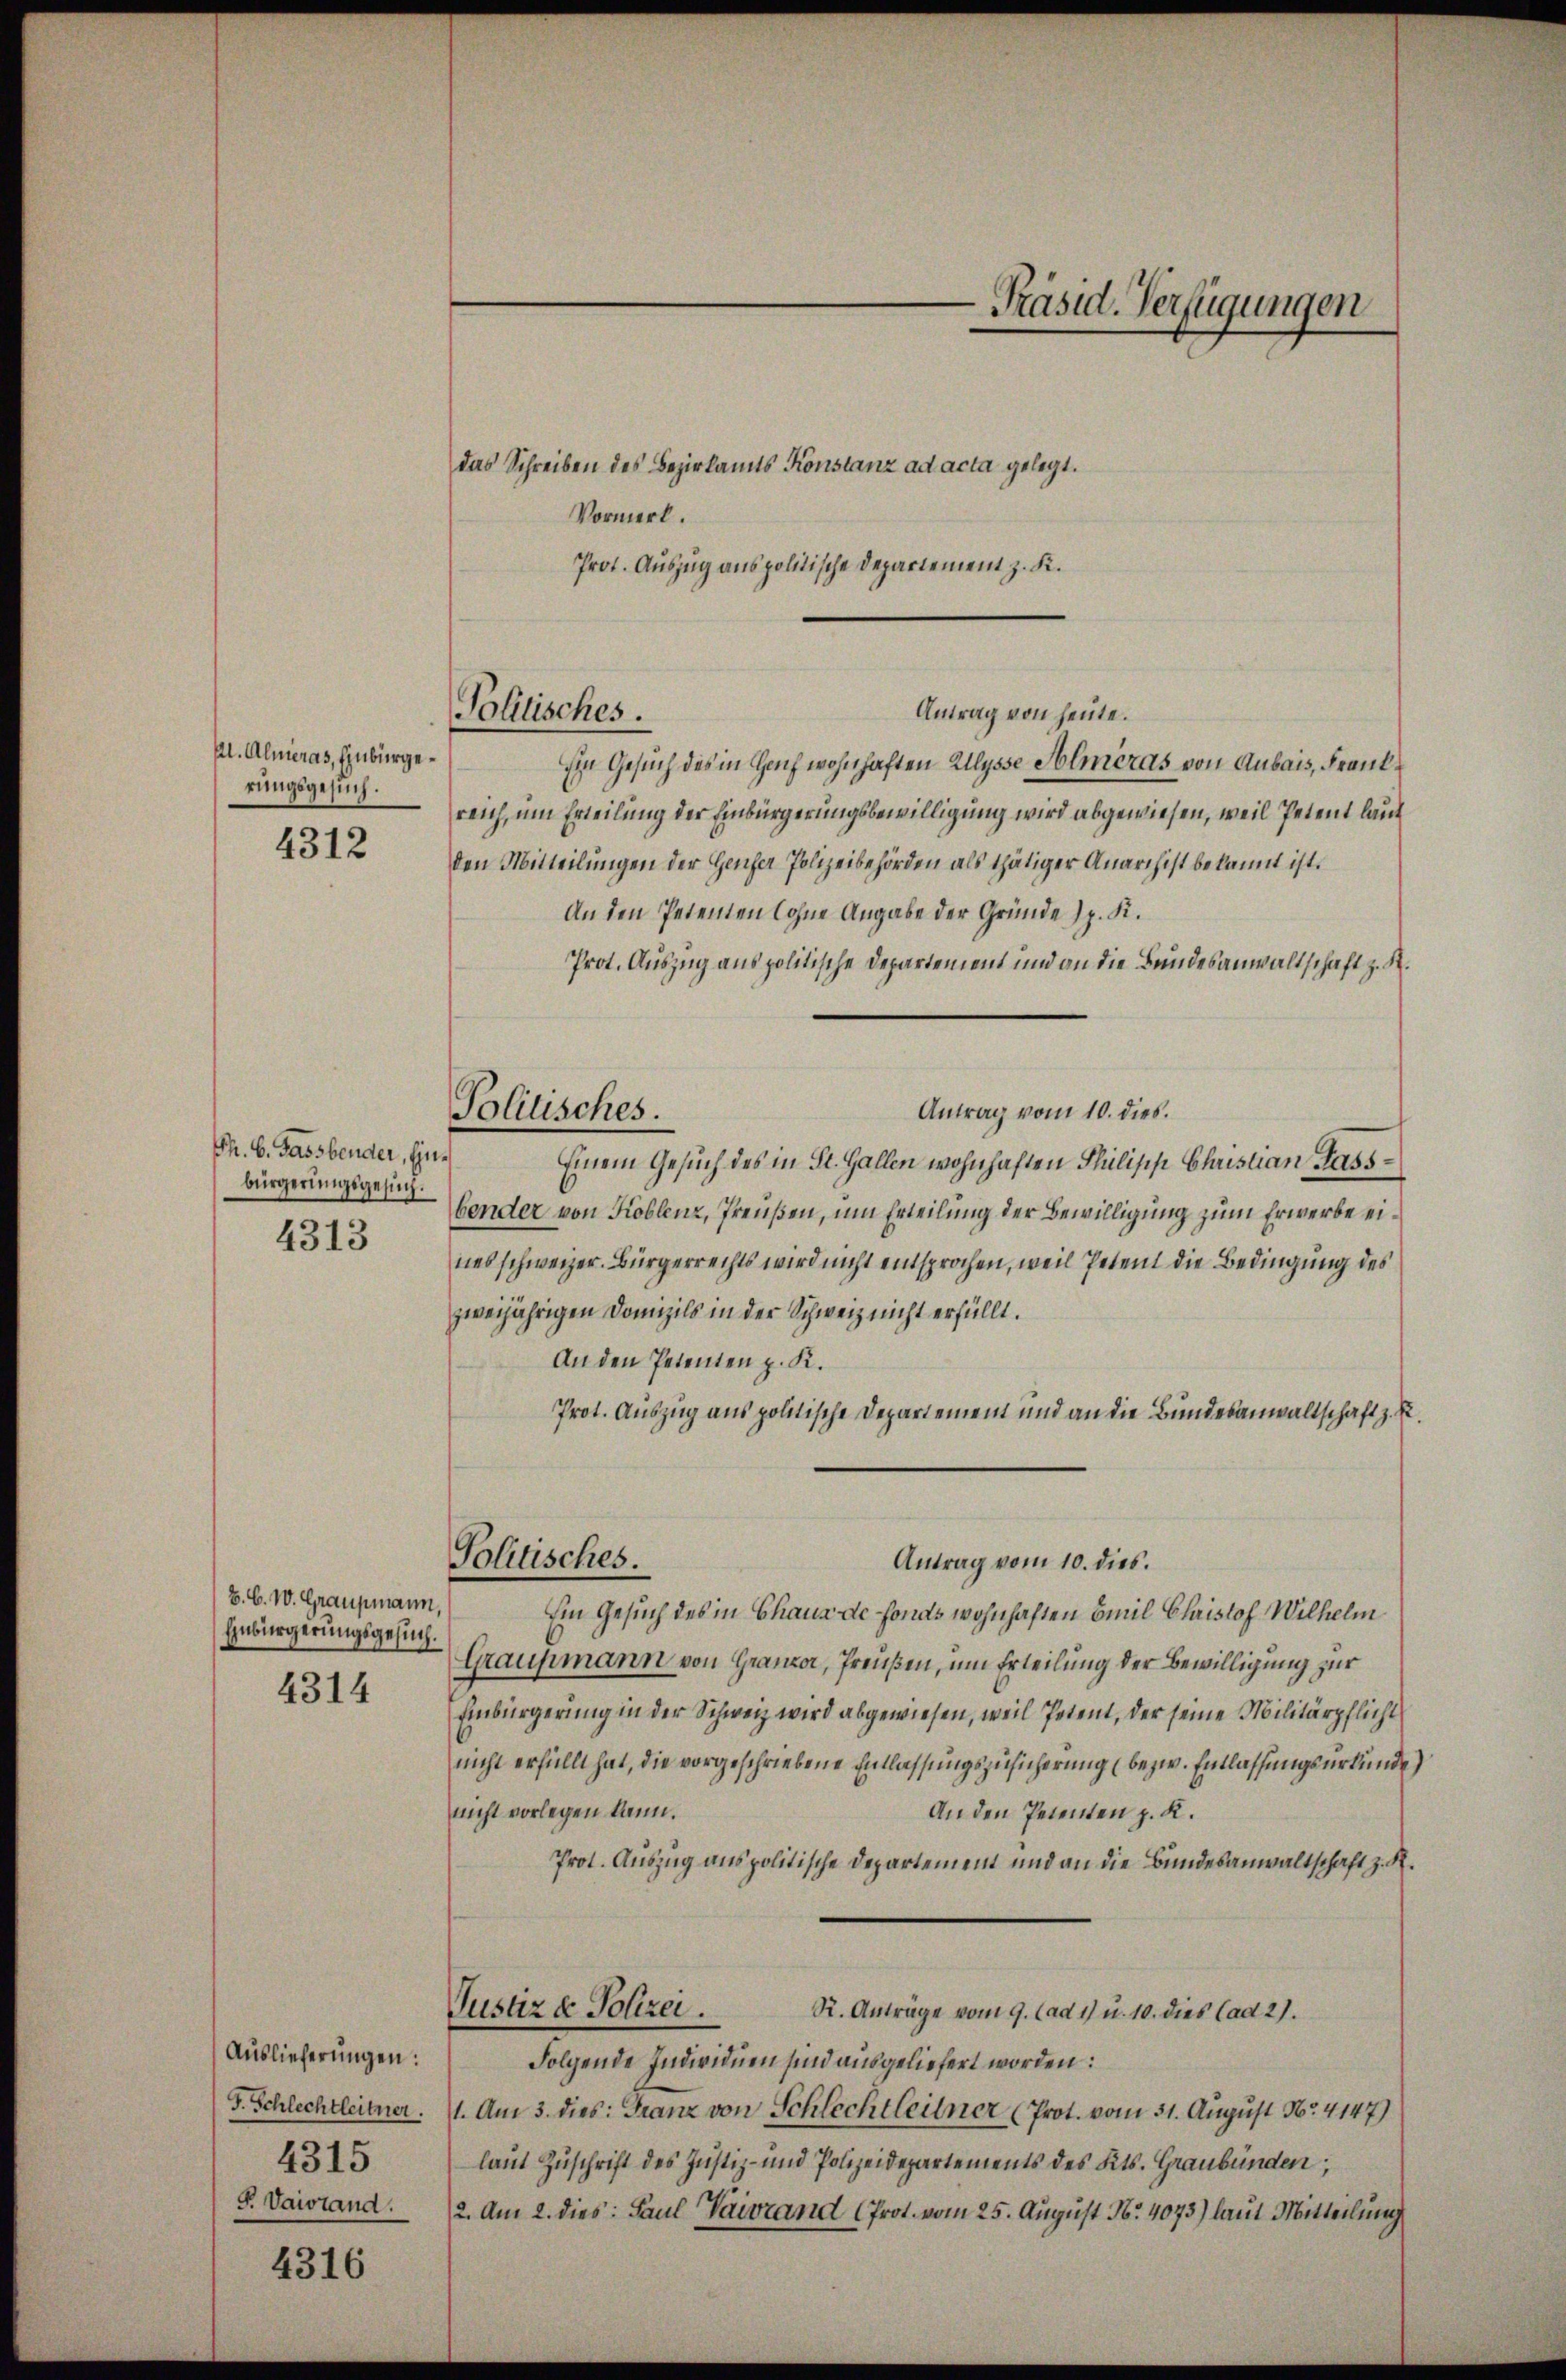
Al. Almeras, Einbürgerungsgesuch.
4312

Ph. 6. Fassbender, Einbürgerungsgesuch.
4313

B. C. W. Graupmann
Einbürgerungsgesuch.
4314

Auslieferungen.
F. Schlechtleitner.
4315
F. Vaistand.

4316

das Schreiben des Bezirkamts Konstanz ad acta gelegt.
Vormerk.

Politisches.

Antrag von heute.
Ein Gesuch des in Hoch wohnhaften Allysse Almeras von Anbais, Frankreich, um Erteilung der Einbürgerungsbewilligung wird abgewiesen, weil Petent laut
den Mitteilungen der Zeicher Polizeibehörden als thätiger Anarchist bekannt ist.
An den Petenten lohne Angabe der Gründe sp. K.
Prot. Auszug aus politische Departement und an die Bundesanwaltschaft z. R.
Antrag vom 10. dies.
Einem Gesuch des in St. Gallen wohnhaften Philipp Christian Hassbender von Koblenz, Preußen, um Erteilung der Bewilligung zum Erwerbe eines schweizer. Bürgerrechts wird nicht entsprochen, weil Petent die Bedingung des
zweijährigen Domizils in der Schweiz nicht erfüllt.
An den Petenten p. K.
Prot. Auszug aus politische Departement und an die Bundesanwaltschaft z. E
Politisches.
Antrag vom 10. dies.
Ein Gesuch des in Chaus de fonds wohnhaften Emil Chaistof Wilhelm
Graupmann von Gränz(...) Preußen, um Erteilung der Bewilligung zur
Einbürgerung in der Schweiz wird abgewiesen, weil Petent, der seine Militärpflicht
nicht erfüllt hat, die vorgeschriebene Entlassungszusicherung (bezw. Entlassungsurkunde)
nicht vorlegen kann.
An den Petenten z. K.
Prot. Auszug aus politische Departement und an die Bundesanwaltschaft z. R.
Justiz & Polizei.
R. Anträge vom 9. (ad 1) u. 10. dies (ad 2).
Folgende Individuen sind ausgeliefert worden:
1. Am 3. dies: Franz von Schlechtleitner (Prot. vom 31. August No. 4147)
lamt Zuschrift des Justiz- und Polizeidepartements des Kts. Graubünden,
2. Am 2. dies: Paul Vaivrand (Prot. vom 25. August No. 4073) laut Mitteilung

Politisches.

-Präsid. Verfügungen
Prot. Auszug aus politische Departement z. K.